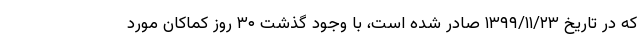
که در تاریخ ۱۳۹۹/۱۱/۲۳ صادر شده است، با وجود گذشت ۳۰ روز کماکان مورد